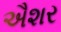
ઐશર